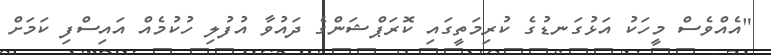
"އެއްވެސް މީހަކު އަޅުގަނޑުގެ ކުރިމަތީގައި ކޮރަޕްޝަންގެ ދައުވާ އުފުލި ހުކުމެއް އައިސްފި ކަމަށް